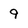
Character: 9